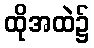
ထိုအထဲ၌